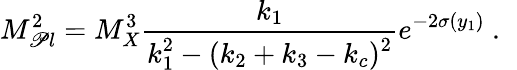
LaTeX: M_{\mathscr{P}l}^{2}={M_{X}^{3}}{\frac{{k_{1}}}{{\displaystyle{k_{1}^{2}-(k_{2}+k_{3}-k_{c})^{2}}}}}e^{-2\sigma(y_{1})}~.~\,